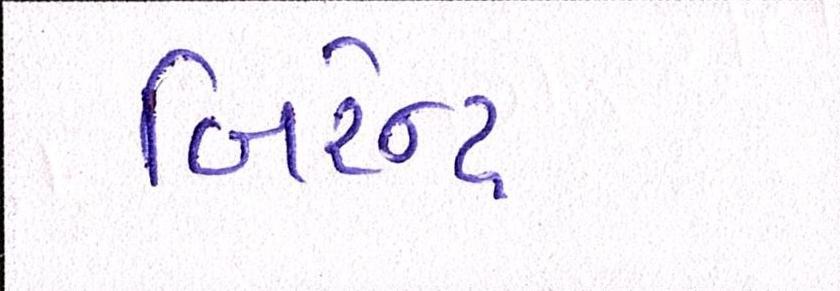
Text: બિરેન્દ્ર